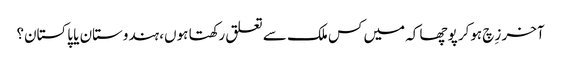
آخر زِچ ہوکر پوچھا کہ میں کس ملک سے تعلق رکھتا ہوں، ہندوستان یا پاکستان؟